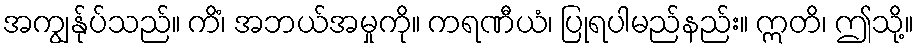
အကျွန်ုပ်သည်။ ကိံ၊ အဘယ်အမှုကို။ ကရဏီယံ၊ ပြုရပါမည်နည်း။ ဣတိ၊ ဤသို့။